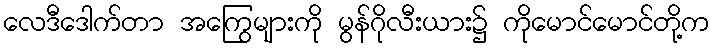
လေဒီဒေါက်တာ အကြွေများကို မွန်ဂိုလီးယား၌ ကိုမောင်မောင်တို့က